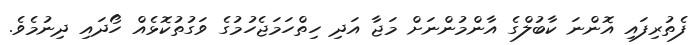
ފެތުރިފައި އޮންނަ ކާބުލްގެ އާންމުންނަށް މަޖާ އަދި ހިތްހަމަޖެހުމުގެ ވަގުތުކޮޅެއް ހޯދައި ދިނުމެވެ.